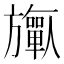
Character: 𬀟